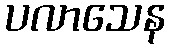
ပလာသေန